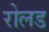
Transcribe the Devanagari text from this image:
रोलड